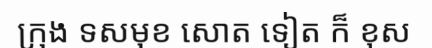
ក្រុង ទសមុខ សោត ទៀត ក៏ ខុស